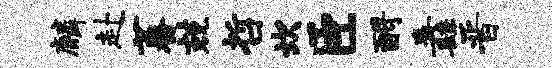
麟赴蕃兢哲坎臣酹纛晋